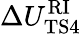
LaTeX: \Delta{U_{\mathrm{TS4}}^{\mathrm{RI}}}